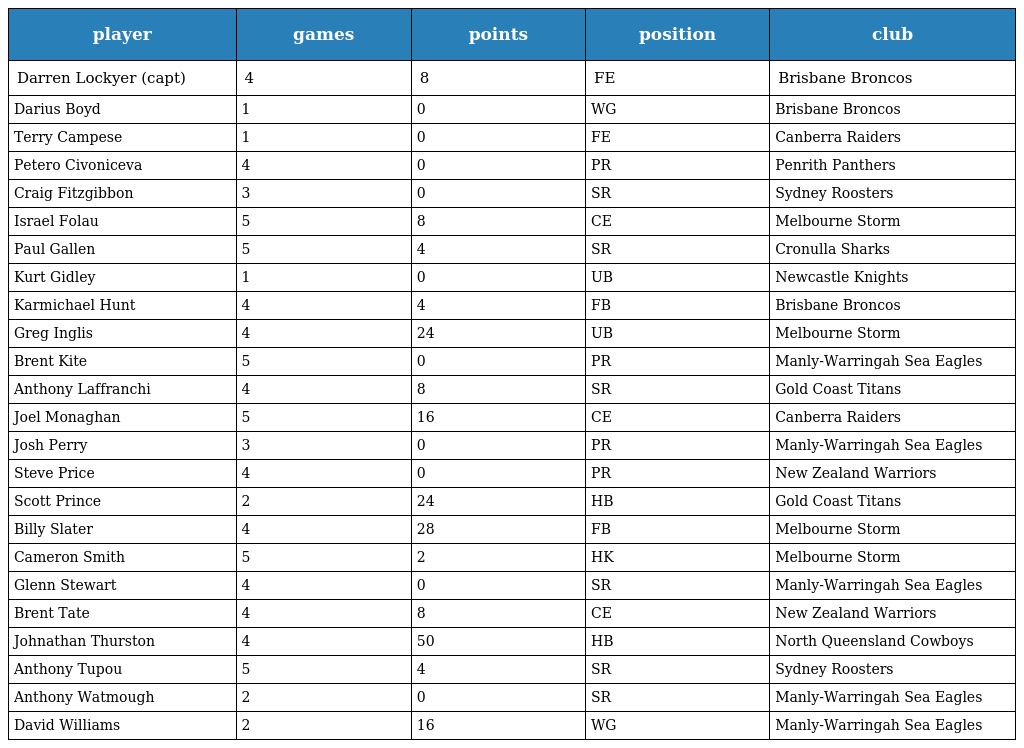
| player | games | points | position | club |
 | --- | --- | --- | --- | --- |
 | Darren Lockyer (capt) | 4 | 8 | FE | Brisbane Broncos |
 | Darius Boyd | 1 | 0 | WG | Brisbane Broncos |
 | Terry Campese | 1 | 0 | FE | Canberra Raiders |
 | Petero Civoniceva | 4 | 0 | PR | Penrith Panthers |
 | Craig Fitzgibbon | 3 | 0 | SR | Sydney Roosters |
 | Israel Folau | 5 | 8 | CE | Melbourne Storm |
 | Paul Gallen | 5 | 4 | SR | Cronulla Sharks |
 | Kurt Gidley | 1 | 0 | UB | Newcastle Knights |
 | Karmichael Hunt | 4 | 4 | FB | Brisbane Broncos |
 | Greg Inglis | 4 | 24 | UB | Melbourne Storm |
 | Brent Kite | 5 | 0 | PR | Manly-Warringah Sea Eagles |
 | Anthony Laffranchi | 4 | 8 | SR | Gold Coast Titans |
 | Joel Monaghan | 5 | 16 | CE | Canberra Raiders |
 | Josh Perry | 3 | 0 | PR | Manly-Warringah Sea Eagles |
 | Steve Price | 4 | 0 | PR | New Zealand Warriors |
 | Scott Prince | 2 | 24 | HB | Gold Coast Titans |
 | Billy Slater | 4 | 28 | FB | Melbourne Storm |
 | Cameron Smith | 5 | 2 | HK | Melbourne Storm |
 | Glenn Stewart | 4 | 0 | SR | Manly-Warringah Sea Eagles |
 | Brent Tate | 4 | 8 | CE | New Zealand Warriors |
 | Johnathan Thurston | 4 | 50 | HB | North Queensland Cowboys |
 | Anthony Tupou | 5 | 4 | SR | Sydney Roosters |
 | Anthony Watmough | 2 | 0 | SR | Manly-Warringah Sea Eagles |
 | David Williams | 2 | 16 | WG | Manly-Warringah Sea Eagles |